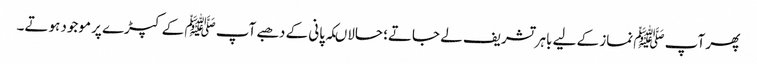
پھر آپ ﷺ نماز کے لیے باہر تشریف لے جاتے؛ حالاںکہ پانی کے دھبے آپ ﷺ کے کپڑے پر موجود ہوتے۔